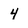
Character: 4